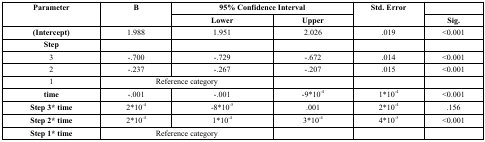
<table><thead><tr><td rowspan="2"><b>Parameter</b></td><td rowspan="2"><b>B</b></td><td colspan="2"><b>95% Confidence Interval</b></td><td rowspan="2"><b>Std. Error</b></td><td></td></tr><tr><td><b>Lower</b></td><td><b>Upper</b></td><td><b>Sig.</b></td></tr></thead><tbody><tr><td><b>(Intercept)</b></td><td>1.988</td><td>1.951</td><td>2.026</td><td>.019</td><td>&lt;0.001</td></tr><tr><td><b>Step</b></td><td></td><td></td><td></td><td></td><td></td></tr><tr><td>3</td><td>-.700</td><td>-.729</td><td>-.672</td><td>.014</td><td>&lt;0.001</td></tr><tr><td>2</td><td>-.237</td><td>-.267</td><td>-.207</td><td>.015</td><td>&lt;0.001</td></tr><tr><td>1</td><td colspan="2">Reference category</td><td></td><td></td><td></td></tr><tr><td><b>time</b></td><td>-.001</td><td>-.001</td><td>-9*10<sup>-4</sup></td><td>1*10<sup>-4</sup></td><td>&lt;0.001</td></tr><tr><td><b>Step 3* time</b></td><td>2*10<sup>-4</sup></td><td>-8*10<sup>-5</sup></td><td>.001</td><td>2*10<sup>-4</sup></td><td>.156</td></tr><tr><td><b>Step 2* time</b></td><td>2*10<sup>-4</sup></td><td>1*10<sup>-4</sup></td><td>3*10<sup>-4</sup></td><td>4*10<sup>-5</sup></td><td>&lt;0.001</td></tr><tr><td><b>Step 1* time</b></td><td colspan="2">Reference category</td><td></td><td></td><td></td></tr></tbody></table>